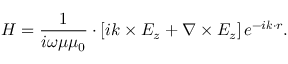
H = \frac { 1 } { i \omega \mu \mu _ { 0 } } \cdot \left[ i \boldsymbol { k } \times E _ { z } + \nabla \times E _ { z } \right] e ^ { - i \boldsymbol { k } \cdot r } .